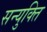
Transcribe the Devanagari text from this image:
सन्युक्ति